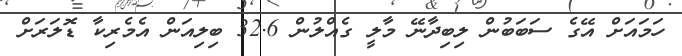
ހަމައަށް އޭގެ ސަބަބުން ލިބިދާނޭ މާލީ ގެއްލުން 32.6 ބިލިއަން އެމެރިކާ ޑޮލަރަށް